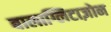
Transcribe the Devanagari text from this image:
बालाग्लिटाज़ोन